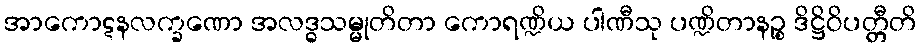
အာကောဋနလက္ခဏော အလဒ္ဓသမ္မုတိတာ ကောရဏ္ဍိယ ပါဏီသု ပဏ္ဍိတာနဉ္စ ဒိဋ္ဌိဝိပတ္တီတိ